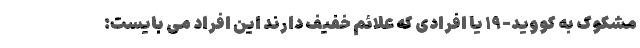
مشکوک به کووید-۱۹ یا افرادی که علائم خفیف دارند این افراد می بایست: